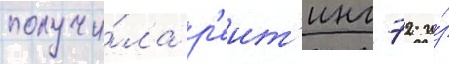
получи́ла р'еит'инг 72 и́з